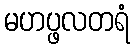
မဟပ္ဖလတရံ